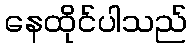
နေထိုင်ပါသည်